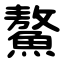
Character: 鰲